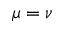
\mu = \nu